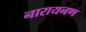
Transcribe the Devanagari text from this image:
नारायनण